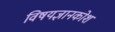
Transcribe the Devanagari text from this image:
विषयज्ञानकोश